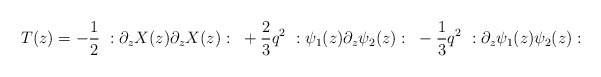
\begin{align*}T(z)=-{1\over 2}~:\partial_z X(z) \partial_z X(z):~+{2\over 3} q^2 ~:\psi_1(z) \partial_z \psi_2(z):~-{1\over 3} q^2 ~:\partial_z \psi_1(z)\psi_2(z) :\end{align*}